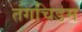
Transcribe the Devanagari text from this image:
तंगचिडम